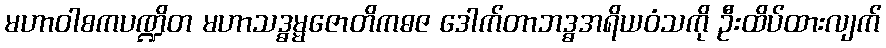
မဟာဝါစကပဏ္ဍိတ မဟာသဒ္ဓမ္မဇောတိကဓဇ ဒေါက်တာဘဒ္ဓအရိယဝံသကို ဦးထိပ်ထားလျက်